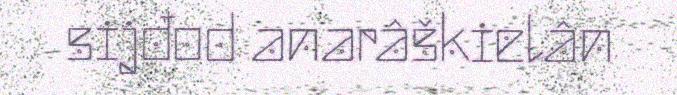
sijđod anarâškielân